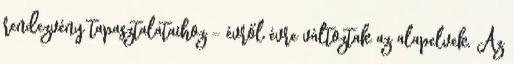
rendezvény tapasztalataihoz - évről évre változtak az alapelvek. Az